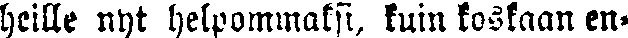
heille nyt helpommaksi, kuin koskaan en-